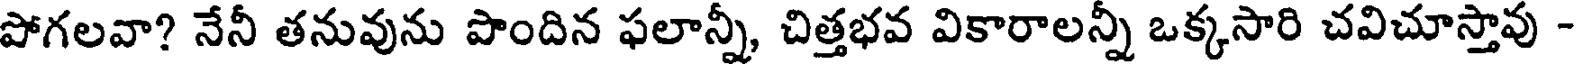
పోగలవా? నేనీ తనువును పొందిన ఫలాన్నీ, చిత్తభవ వికారాలన్నీ ఒక్కసారి చవిచూస్తావు -